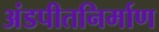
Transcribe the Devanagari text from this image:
अंडपीतनिर्माण